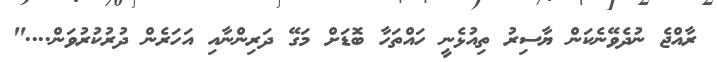
ރާއްޖެ ނުދެވޭނެކަން ޔާސިރު ތިއުޅެނީ ހައްތަހާ ބޮޑަށް މަގޭ ދަރިންނާއި އަހަރެން ދުރުކުރުވަން...."